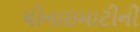
ચીનાઇમાટીની